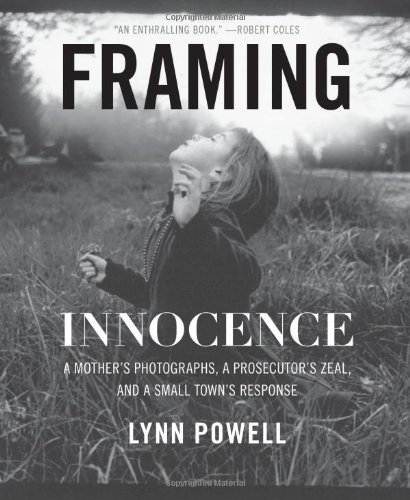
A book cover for Framing Innocence: A Mother's Photographs, a Prosecutor's Zeal, and a Small Town's Response; Lynn Powell; Law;